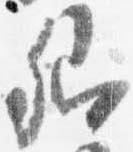
卿